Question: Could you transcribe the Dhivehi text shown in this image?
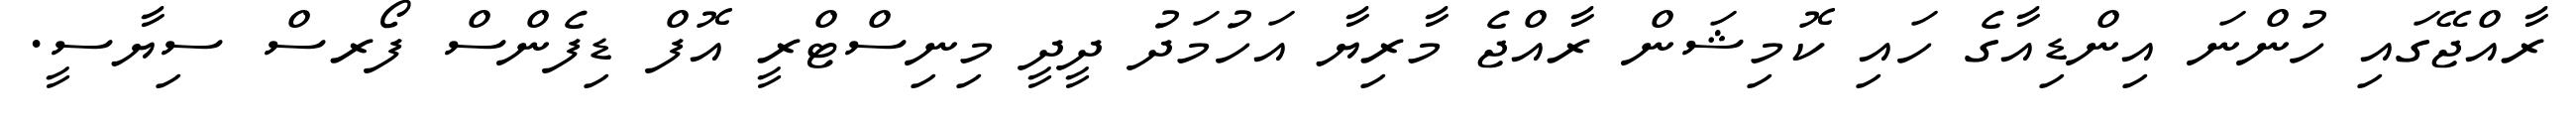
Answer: ރާއްޖޭގައި ހުންނަ އިންޑިއާގެ ހައި ކޮމިޝަން ރާއްޖެ މާރިޔާ އަހުމަދު ދީދީ މިނިސްޓްރީ އޮފް ޑިފެންސް ފޯރސް ސިޔާސީ.